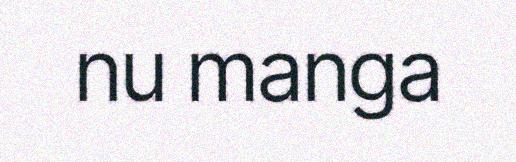
nu manga